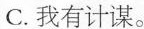
C.我有计谋。